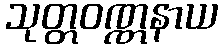
သုတ္တဝဏ္ဏနာယ